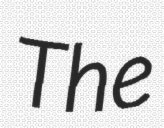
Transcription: The